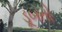
ડૂબતો